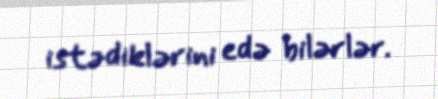
istədiklərini edə bilərlər.